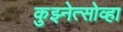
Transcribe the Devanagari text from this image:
कुझ्नेत्सोव्हा